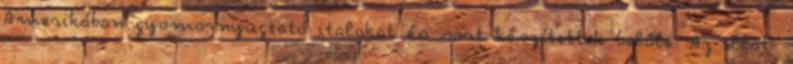
Amerikában gyomornyugtató italokat és sört készítettek belőle. Az illat-